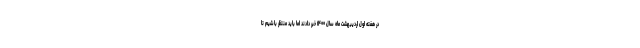
در هفته اول اردیبهشت ماه سال ۱۴۰۰ خبر دادند اما باید منتظر باشیم تا